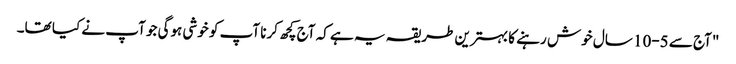
"آج سے 5-10 سال خوش رہنے کا بہترین طریقہ یہ ہے کہ آج کچھ کرنا آپ کو خوشی ہوگی جو آپ نے کیا تھا۔